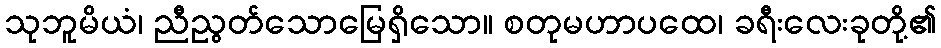
သုဘူမိယံ၊ ညီညွတ်သောမြေရှိသော။ စတုမဟာပထေ၊ ခရီးလေးခုတို့၏